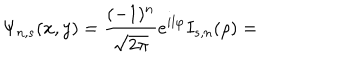
\Psi _ { n , s } ( x , y ) = \frac { ( - 1 ) ^ { n } } { \sqrt { 2 \pi } } e ^ { i l \varphi } I _ { s , n } ( \rho ) =